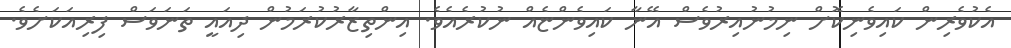
އެކުވެރިން ކައިވެނިކޮށް ނިމުނުއިރުވެސް އޭނާ ކައިވެންޏެއް ނުކުރެއެވެ. އިންތިޒާރުކުރަމުން ދިއައީ ތަނަވަސް ފިރިއަކަށެވެ.